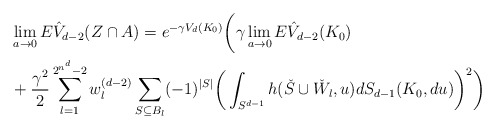
\begin{align*}&\lim\limits_{a\to 0} E \hat{V}_{d-2}(Z\cap A) = e^{-\gamma V_d(K_0)} \bigg(\gamma \lim\limits_{a\to 0} E \hat{V}_{d-2}(K_0)\\&+ \frac{\gamma^2}{2}\sum_{l=1}^{2^{n^d}-2} w_l^{(d-2)} \sum_{S\subseteq B_l} (-1)^{|S|}\bigg(\int_{S^{d-1}} h(\check{S}\cup \check{W}_l,u) dS_{d-1}(K_0,du)\bigg)^2\bigg)\end{align*}